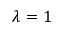
\lambda = 1